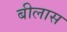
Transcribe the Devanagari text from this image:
बीलास